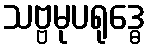
သဗ္ဗမုပရုဒ္ဓေ